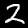
Label: 2